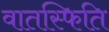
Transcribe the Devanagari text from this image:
वातस्फिति